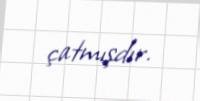
çatmışdır.